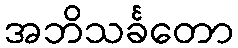
အဘိသင်္ခတော